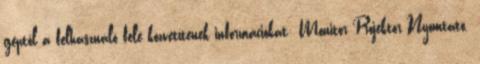
géptől a felhasználó felé közvetítenek információkat: Monitor Projektor Nyomtató.